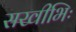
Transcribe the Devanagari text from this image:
सखीभिः